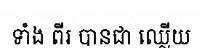
ទាំង ពីរ បានជា ឈ្លើយ